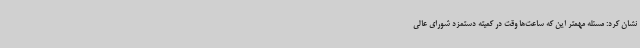
نشان کرد: مسئله مهمتر این که ساعت‌ها وقت در کمیته دستمزد شورای عالی